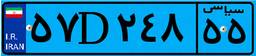
۵۴D۱۶۹۷۳